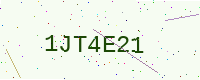
Text: 1JT4E21